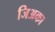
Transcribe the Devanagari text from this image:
जिअका